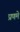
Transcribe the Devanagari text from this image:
प्रणमे